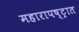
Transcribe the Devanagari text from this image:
महारापष्ट्रात